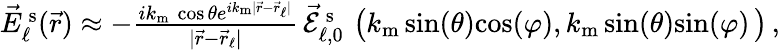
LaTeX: \begin{array}{r}{\vec{E}_{\ell}^{\mathrm{\, s}}(\vec{r})\approx-\frac{ik_{\mathrm{m}}\, \! \! \, \! \, \, \! \, \, \! \! \, \! \, \, \! \! \, \! \! \, \! \, \, \! \! \, \! \! \, \! \, \, \! \, \, \! \! \, \! \, \, \! \! \, \! \! \, \! \, \, \! \, \, \! \! \, \! \, \, \! \, \, \! \! \, \! \, \, \! \! \, \! \! \, \! \, \, \! \, \, \! \! \, \! \, \, \! \, \, \! \! \cos{\theta}e^{ik_{\mathrm{m}}|\vec{r}-\vec{r}_{\ell}|}}{|\vec{r}-\vec{r}_{\ell}|}\, \! \! \, \! \, \, \! \, \, \! \! \, \! \, \, \! \! \, \! \! \, \! \, \, \! \! \, \! \! \, \! \, \, \! \, \, \! \! \, \! \, \, \! \! \, \! \! \, \! \, \, \! \, \, \! \! \, \! \, \, \! \, \, \! \! \, \! \, \, \! \! \, \! \! \, \! \, \, \! \, \, \! \! \, \! \, \, \! \, \, \! \! \vec{\mathcal{E}}_{\ell,0}^{\mathrm{\, s}}\, \! \! \, \! \, \, \! \, \, \! \! \, \! \, \, \! \! \, \! \! \, \! \, \, \! \! \, \! \! \, \! \, \, \! \, \, \! \! \, \! \, \, \! \! \, \! \! \, \! \, \, \! \, \, \! \! \, \! \, \, \! \, \, \! \! \, \! \, \, \! \! \, \! \! \, \! \, \, \! \, \, \! \! \, \! \, \, \! \, \, \! \! \left(k_{\mathrm{m}}\, \! \! \, \! \, \, \! \, \, \! \! \, \! \, \, \! \! \, \! \! \, \! \, \, \! \! \, \! \! \, \! \, \, \! \, \, \! \! \, \! \, \, \! \! \, \! \! \, \! \, \, \! \, \, \! \! \, \! \, \, \! \, \, \! \! \, \! \, \, \! \! \, \! \! \, \! \, \, \! \, \, \! \! \, \! \, \, \! \, \, \! \! \mathrm{sin}\, \! \! \, \! \, \, \! \, \, \! \! \, \! \, \, \! \! \, \! \! \, \! \, \, \! \! \, \! \! \, \! \, \, \! \, \, \! \! \, \! \left({\theta}\right)\mathrm{cos}\, \! \! \, \! \, \, \! \, \, \! \! \, \! \, \, \! \! \, \! \! \, \! \, \, \! \! \, \! \! \, \! \, \, \! \, \, \! \! \, \! \left({\varphi}\right),k_{\mathrm{m}}\, \! \! \, \! \, \, \! \, \, \! \! \, \! \, \, \! \! \, \! \! \, \! \, \, \! \! \, \! \! \, \! \, \, \! \, \, \! \! \, \! \, \, \! \! \, \! \! \, \! \, \, \! \, \, \! \! \, \! \, \, \! \, \, \! \! \, \! \, \, \! \! \, \! \! \, \! \, \, \! \, \, \! \! \, \! \, \, \! \, \, \! \! \mathrm{sin}\, \! \! \, \! \, \, \! \, \, \! \! \, \! \, \, \! \! \, \! \! \, \! \, \, \! \! \, \! \! \, \! \, \, \! \, \, \! \! \, \! \left({\theta}\right)\mathrm{sin}\, \! \! \, \! \, \, \! \, \, \! \! \, \! \, \, \! \! \, \! \! \, \! \, \, \! \! \, \! \! \, \! \, \, \! \, \, \! \! \, \! \left({\varphi}\right)\vphantom{b^{2}}\, \! \! \, \! \, \, \! \, \, \! \! \, \! \, \, \! \! \, \! \! \, \! \, \, \! \! \, \! \! \, \! \, \, \! \, \, \! \! \, \! \, \, \! \! \, \! \! \, \! \, \, \! \, \, \! \! \, \! \, \, \! \, \, \! \! \, \! \, \, \! \! \, \! \! \, \! \, \, \! \, \, \! \! \, \! \, \, \! \, \, \! \! \right)\, \! \! \, \! \, \, \! \, \, \! \! \, \! \, \, \! \! \, \! \! \, \! \, \, \! \! \, \! \! \, \! \, \, \! \, \, \! \! \, \! \, \, \! \! \, \! \! \, \! \, \, \! \, \, \! \! \, \! \, \, \! \, \, \! \! \, \! \, \, \! \! \, \! \! \, \! \, \, \! \, \, \! \! \, \! \, \, \! \, \, \! \! ,}\end{array}